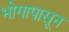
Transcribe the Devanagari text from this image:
भोगापासून